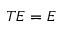
T E = E